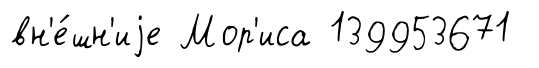
вн'е́шн'иjе Мор'иса 139953671